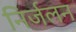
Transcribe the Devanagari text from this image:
निर्जलन